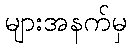
များအနက်မှ